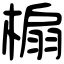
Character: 㮼